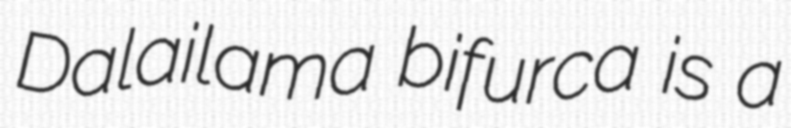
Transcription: Dalailama bifurca is a